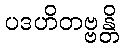
ပဒဟိတဗ္ဗန္တိ